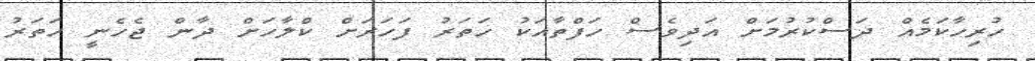
ހުރިހާކަމެއް ދަސްކުރުމަށް އަދިވެސް ހަފްތާއަކު ހަތަރު ފަހަރަށް ކްލާހަށް ދާން ޖެހެނީ ހަތަރު